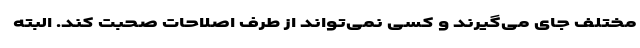
مختلف جای می‌گیرند و کسی نمی‌تواند از طرف اصلاحات صحبت کند. البته